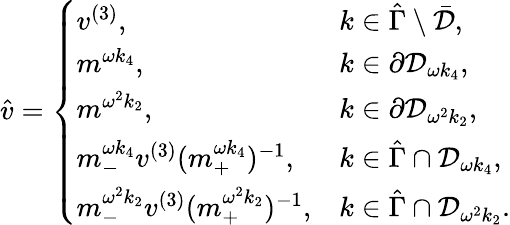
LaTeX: \begin{array}{r}{\hat{v}=\left\{ \begin{array}{ll}{v^{(3)},}&{k\in\hat{\Gamma}\setminus\bar{\mathcal{D}},}\\ {m^{\omega k_{4}},}&{k\in\partial\mathcal{D}_{\omega k_{4}},}\\ {m^{\omega^{2}k_{2}},}&{k\in\partial\mathcal{D}_{\omega^{2}k_{2}},}\\ {m_{-}^{\omega k_{4}}v^{(3)}(m_{+}^{\omega k_{4}})^{-1},}&{k\in\hat{\Gamma}\cap\mathcal{D}_{\omega k_{4}},}\\ {m_{-}^{\omega^{2}k_{2}}v^{(3)}(m_{+}^{\omega^{2}k_{2}})^{-1},}&{k\in\hat{\Gamma}\cap\mathcal{D}_{\omega^{2}k_{2}}.}\end{array}\right.}\end{array}